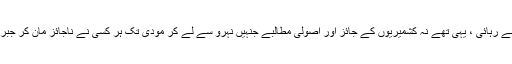
حقِ خود ارادیت ، اور بھارتی جبر و تسلط سے رہائی ، یہی تھے نہ کشمیریوں کے جائز اور اصولی مطالبے جنہیں نہرو سے لے کر مودی تک ہر کسی نے ناجائز مان کر جبر سے دبانے کی کوشش کی ،مگر کب تک ؟